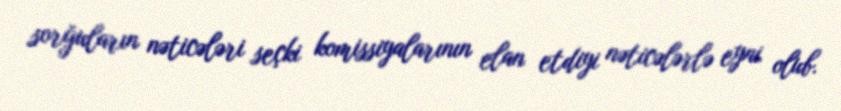
sorğuların nəticələri seçki komissiyalarının elan etdiyi nəticələrlə eyni olub.